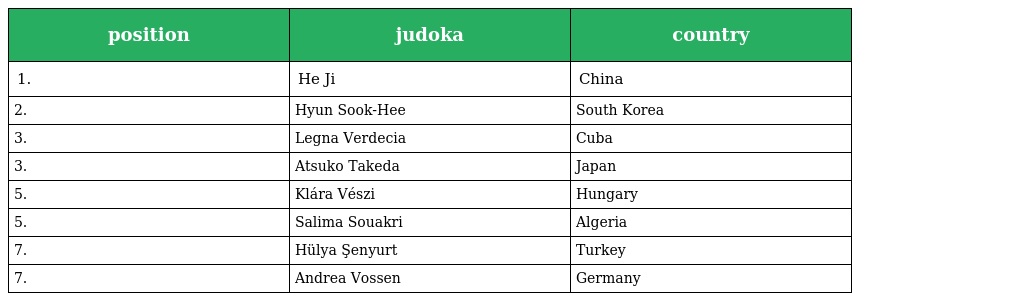
| position | judoka | country |
 | --- | --- | --- |
 | 1. | He Ji | China |
 | 2. | Hyun Sook-Hee | South Korea |
 | 3. | Legna Verdecia | Cuba |
 | 3. | Atsuko Takeda | Japan |
 | 5. | Klára Vészi | Hungary |
 | 5. | Salima Souakri | Algeria |
 | 7. | Hülya Şenyurt | Turkey |
 | 7. | Andrea Vossen | Germany |